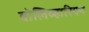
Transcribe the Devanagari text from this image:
बोलिव्हारियन